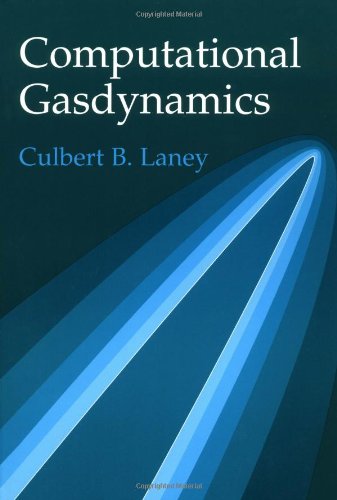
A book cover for Computational Gasdynamics; Culbert B. Laney; Science & Math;